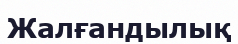
Жалғандылық